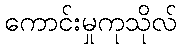
ကောင်းမှုကုသိုလ်